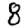
Digit: 8